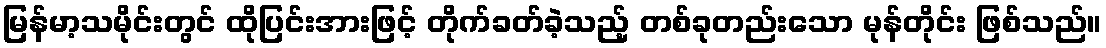
မြန်မာ့သမိုင်းတွင် ထိုပြင်းအားဖြင့် တိုက်ခတ်ခဲ့သည့် တစ်ခုတည်းသော မုန်တိုင်း ဖြစ်သည်။